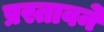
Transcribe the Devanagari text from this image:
प्रस्तावने